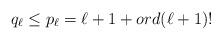
LaTeX: \begin{align*}q_\ell\le p_\ell=\ell+1 + ord (\ell+1)!\end{align*}